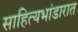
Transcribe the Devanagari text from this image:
साहित्यभांडारात